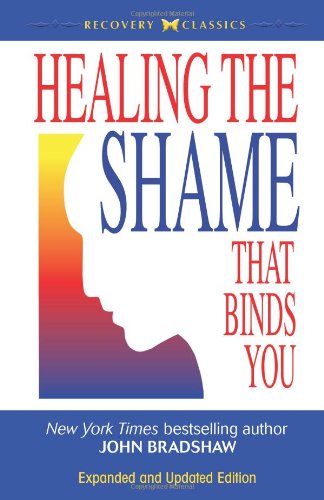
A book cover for Healing the Shame that Binds You (Recovery Classics); John Bradshaw; Health, Fitness & Dieting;